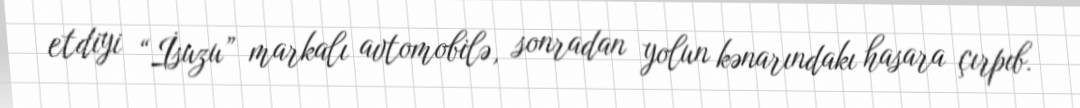
etdiyi “İsuzu” markalı avtomobilə, sonradan yolun kənarındakı hasara çırpıb.